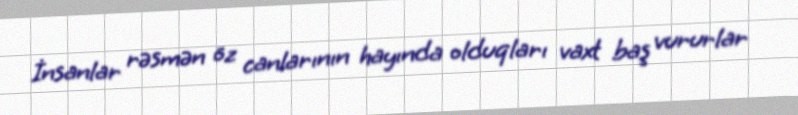
İnsanlar rəsmən öz canlarının hayında olduqları vaxt baş vururlar